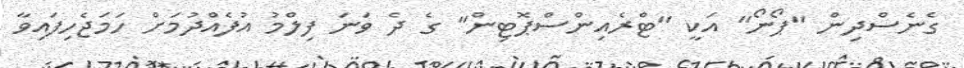
ގެނެސްދިން "ޕޯނޯ" އަކީ "ޓްރެއިންސްޕޮޓިން" ގެ ދެ ވަނަ ފިލްމު އުފެއްދުމަށް ހަމަޖެހިފައިވާ